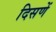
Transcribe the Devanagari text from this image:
दिसणें